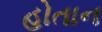
હોતાન